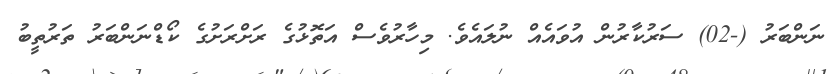
ނަންބަރު (-02) ސަރުކާރުން އުވައެއް ނުލައެވެ. މިހާރުވެސް އަތޮޅުގެ ރަށްރަށުގެ ކޯޑްނަންބަރު ތަރުތީބު